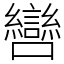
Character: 㘘